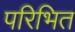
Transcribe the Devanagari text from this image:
परिभित